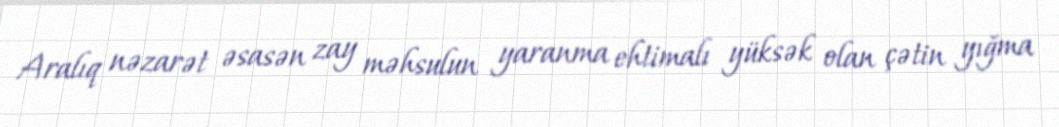
Aralıq nəzarət əsasən zay məhsulun yaranma ehtimalı yüksək olan çətin yığma